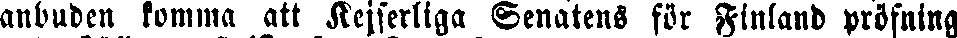
anbuden komma att Kejserliga Senatens för Finland pröfning